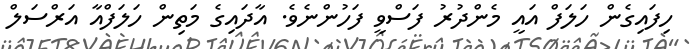
ހިފައިގެން ހަލަފް އައީ މެންދުރު ފަސްވީ ފަހުންނެވެ. އާދައިގެ މަތިން ހަލަފްއާ އަރްސަލް